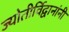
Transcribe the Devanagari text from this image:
ज्योतीर्विद्वानांनी